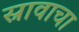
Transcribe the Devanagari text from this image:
स्रावाचा